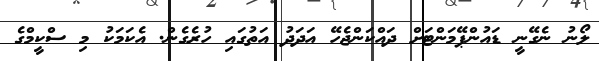
ލޯނު ނެގޭނީ ޑައުންޕޭމަންޓަށް ދައްކަންޖެހޭ އަދަދު އަތުގައި ހުރެގެން. އެކަމަކު މި ސްކީމްގެ